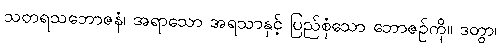
သတရသဘောဇနံ၊ အရာသော အရသာနှင့် ပြည်စုံသော ဘောဇဉ်ကို။ ဒတွာ၊